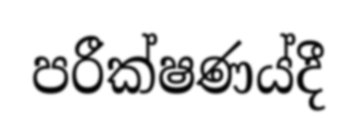
පරීක්ෂණය්දී